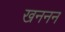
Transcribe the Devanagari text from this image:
खननन